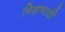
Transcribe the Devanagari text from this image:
निदानाची